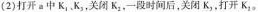
(2)打开a中K_{1} ,k_{3}，关闭K_{2}，-段时间后，关闭K_{3}，，打开K_{2}。